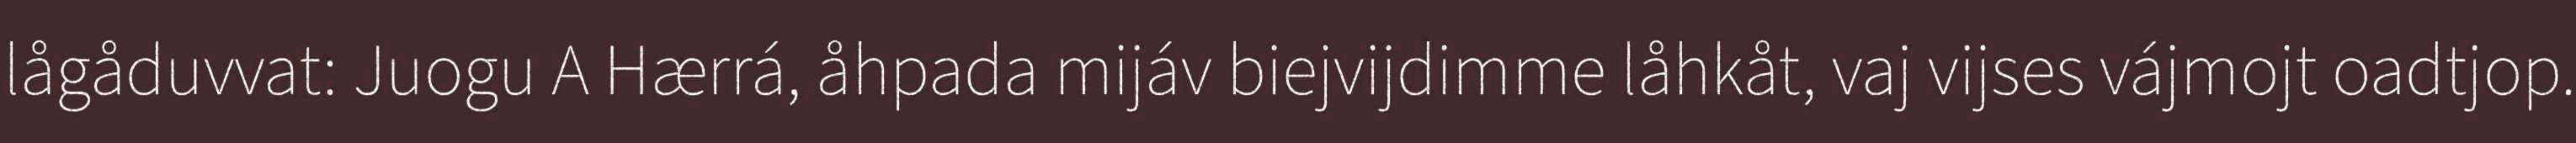
lågåduvvat: Juogu A Hærrá, åhpada mijáv biejvijdimme låhkåt, vaj vijses vájmojt oadtjop.